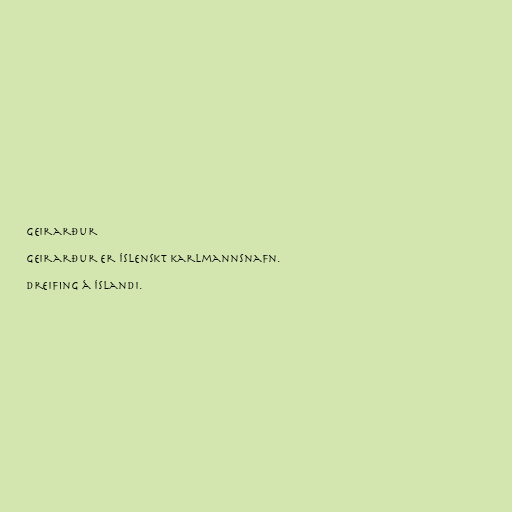
Geirarður

Geirarður er íslenskt karlmannsnafn.

Dreifing á Íslandi.